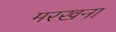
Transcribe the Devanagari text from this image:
मरखना